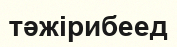
тәжірибеед